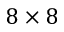
8 \times 8